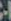
-